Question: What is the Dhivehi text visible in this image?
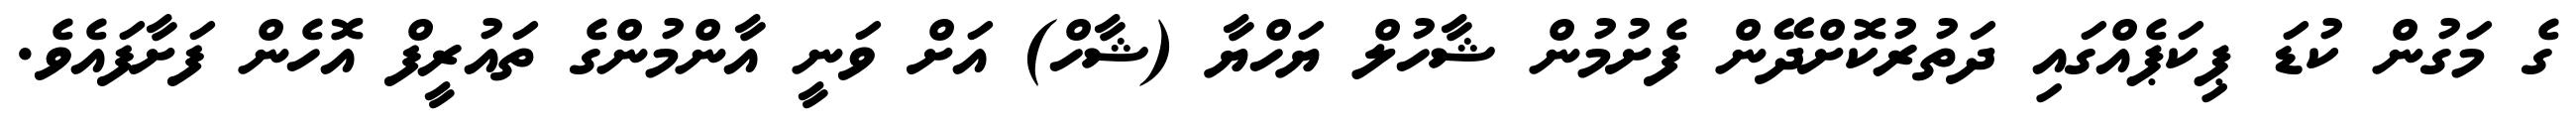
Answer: ގެ މަގުން ކުޑަ ޕިކަޕެއްގައި ދަތުރުކޮށްދޭން ފެށުމުން ޝާހުލް ޔަހްޔާ (ޝާހް) އަށް ވަނީ އާންމުންގެ ތައުރީފް އޮހެން ފަށާފައެވެ.